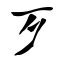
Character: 歹